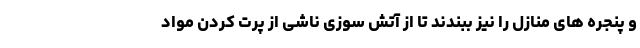
و پنجره های منازل را نیز ببندند تا از آتش سوزی ناشی از پرت کردن مواد